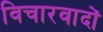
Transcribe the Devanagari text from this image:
विचारवादों